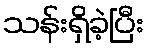
သန်းရှိခဲ့ပြီး